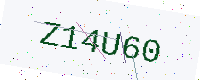
Text: Z14U60